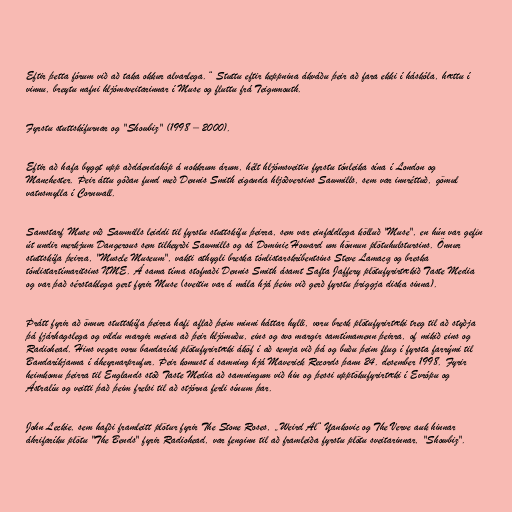
Eftir þetta fórum við að taka okkur alvarlega.“ Stuttu eftir keppnina ákváðu þeir að fara ekki í háskóla, hættu í
vinnu, breytu nafni hljómsveitarinnar í Muse og fluttu frá Teignmouth.

Fyrstu stuttskífurnar og "Showbiz" (1998 – 2000).

Eftir að hafa byggt upp aðdáendahóp á nokkrum árum, hélt hljómsveitin fyrstu tónleika sína í London og
Manchester. Þeir áttu góðan fund með Dennis Smith eiganda hljóðversins Sawmills, sem var innréttuð, gömul
vatnsmylla í Cornwall.

Samstarf Muse við Sawmills leiddi til fyrstu stuttskífu þeirra, sem var einfaldlega kölluð "Muse", en hún var gefin
út undir merkjum Dangerous sem tilheyrði Sawmills og sá Dominic Howard um hönnun plötuhulstursins. Önnur
stuttskífa þeirra, "Muscle Museum", vakti athygli breska tónlistarskríbentsins Steve Lamacq og breska
tónlistartímaritsins NME. Á sama tíma stofnaði Dennis Smith ásamt Safta Jaffery plötufyrirtækið Taste Media
og var það sérstaklega gert fyrir Muse (sveitin var á mála hjá þeim við gerð fyrstu þriggja diska sinna).

Þrátt fyrir að önnur stuttskífa þeirra hafi aflað þeim minni háttar hylli, voru bresk plötufyrirtæki treg til að styðja
þá fjárhagslega og vildu margir meina að þeir hljómuðu, eins og svo margir samtímamenn þeirra, of mikið eins og
Radiohead. Hins vegar voru bandarísk plötufyrirtæki áköf í að semja við þá og buðu þeim flug í fyrsta farrými til
Bandaríkjanna í áheyrnarprufur. Þeir komust á samning hjá Maverick Records þann 24. desember 1998. Fyrir
heimkomu þeirra til Englands stóð Taste Media að samningum við hin og þessi upptökufyrirtæki í Evrópu og
Ástralíu og veitti það þeim frelsi til að stjórna ferli sínum þar.

John Leckie, sem hafði framleitt plötur fyrir The Stone Roses, „Weird Al“ Yankovic og The Verve auk hinnar
áhrifaríku plötu "The Bends" fyrir Radiohead, var fenginn til að framleiða fyrstu plötu sveitarinnar, "Showbiz".